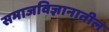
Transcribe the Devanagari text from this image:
समाजविज्ञानातील